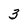
Character: 3